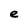
Character: e